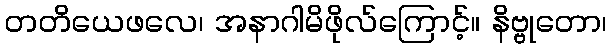
တတိယေဖလေ၊ အနာဂါမိဖိုလ်ကြောင့်။ နိဗ္ဗုတော၊